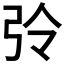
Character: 𢏀